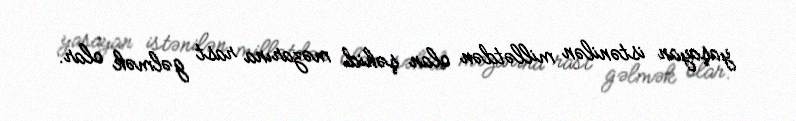
yaşayan istənilən millətdən olan şəhid məzarına rast gəlmək olar.